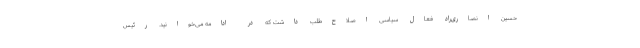
حسین انصاری‌راد فعال سیاسی اصلاح‌طلب داشت که در ادامه می‌خوانید. رئیس